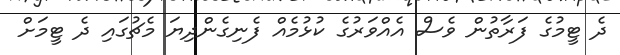
ދެ ޓީމުގެ ފަރާތުން ވެސް އެއްވަރުގެ ކުޅުމެއް ފެނިގެންދިޔަ މެޗުގައި ދެ ޓީމަށް